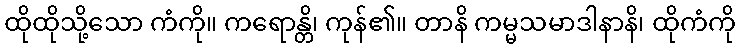
ထိုထိုသို့သော ကံကို။ ကရောန္တိ၊ ကုန်၏။ တာနိ ကမ္မသမာဒါနာနိ၊ ထိုကံကို